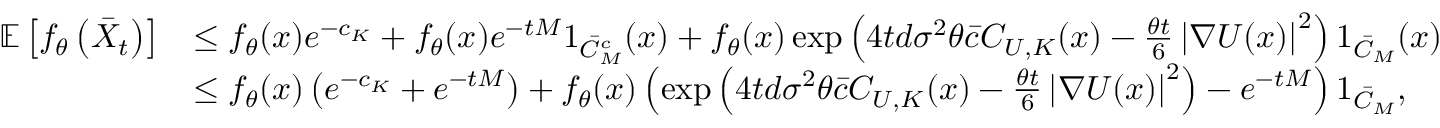
\begin{array} { r l } { \mathbb { E } \left[ f _ { \theta } \left( \bar { X } _ { t } \right) \right] } & { \le f _ { \theta } ( x ) e ^ { - c _ { K } } + f _ { \theta } ( x ) e ^ { - t M } 1 _ { \bar { \cal C } _ { M } ^ { c } } ( x ) + f _ { \theta } ( x ) \exp \left( 4 t d \sigma ^ { 2 } \theta \bar { c } C _ { U , K } ( x ) - \frac { \theta t } { 6 } \left| \nabla U ( x ) \right| ^ { 2 } \right) 1 _ { \bar { \cal C } _ { M } } ( x ) } \\ & { \le f _ { \theta } ( x ) \left( e ^ { - c _ { K } } + e ^ { - t M } \right) + f _ { \theta } ( x ) \left( \exp \left( 4 t d \sigma ^ { 2 } \theta \bar { c } C _ { U , K } ( x ) - \frac { \theta t } { 6 } \left| \nabla U ( x ) \right| ^ { 2 } \right) - e ^ { - t M } \right) 1 _ { \bar { \cal C } _ { M } } , } \end{array}